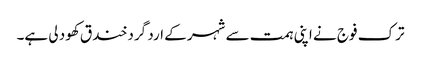
ترک فوج نے اپنی ہمت سے شہر کے ارد گرد خند ق کھود لی ہے۔